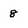
Character: 8